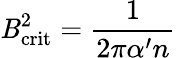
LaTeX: \mathit{B}_{\mathrm{{crit}}}^{2}=\frac{{1}}{{2\pi\alpha^{\prime}n}}